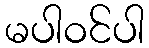
မပါဝင်ပါ